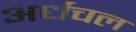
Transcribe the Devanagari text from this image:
अर्धचल